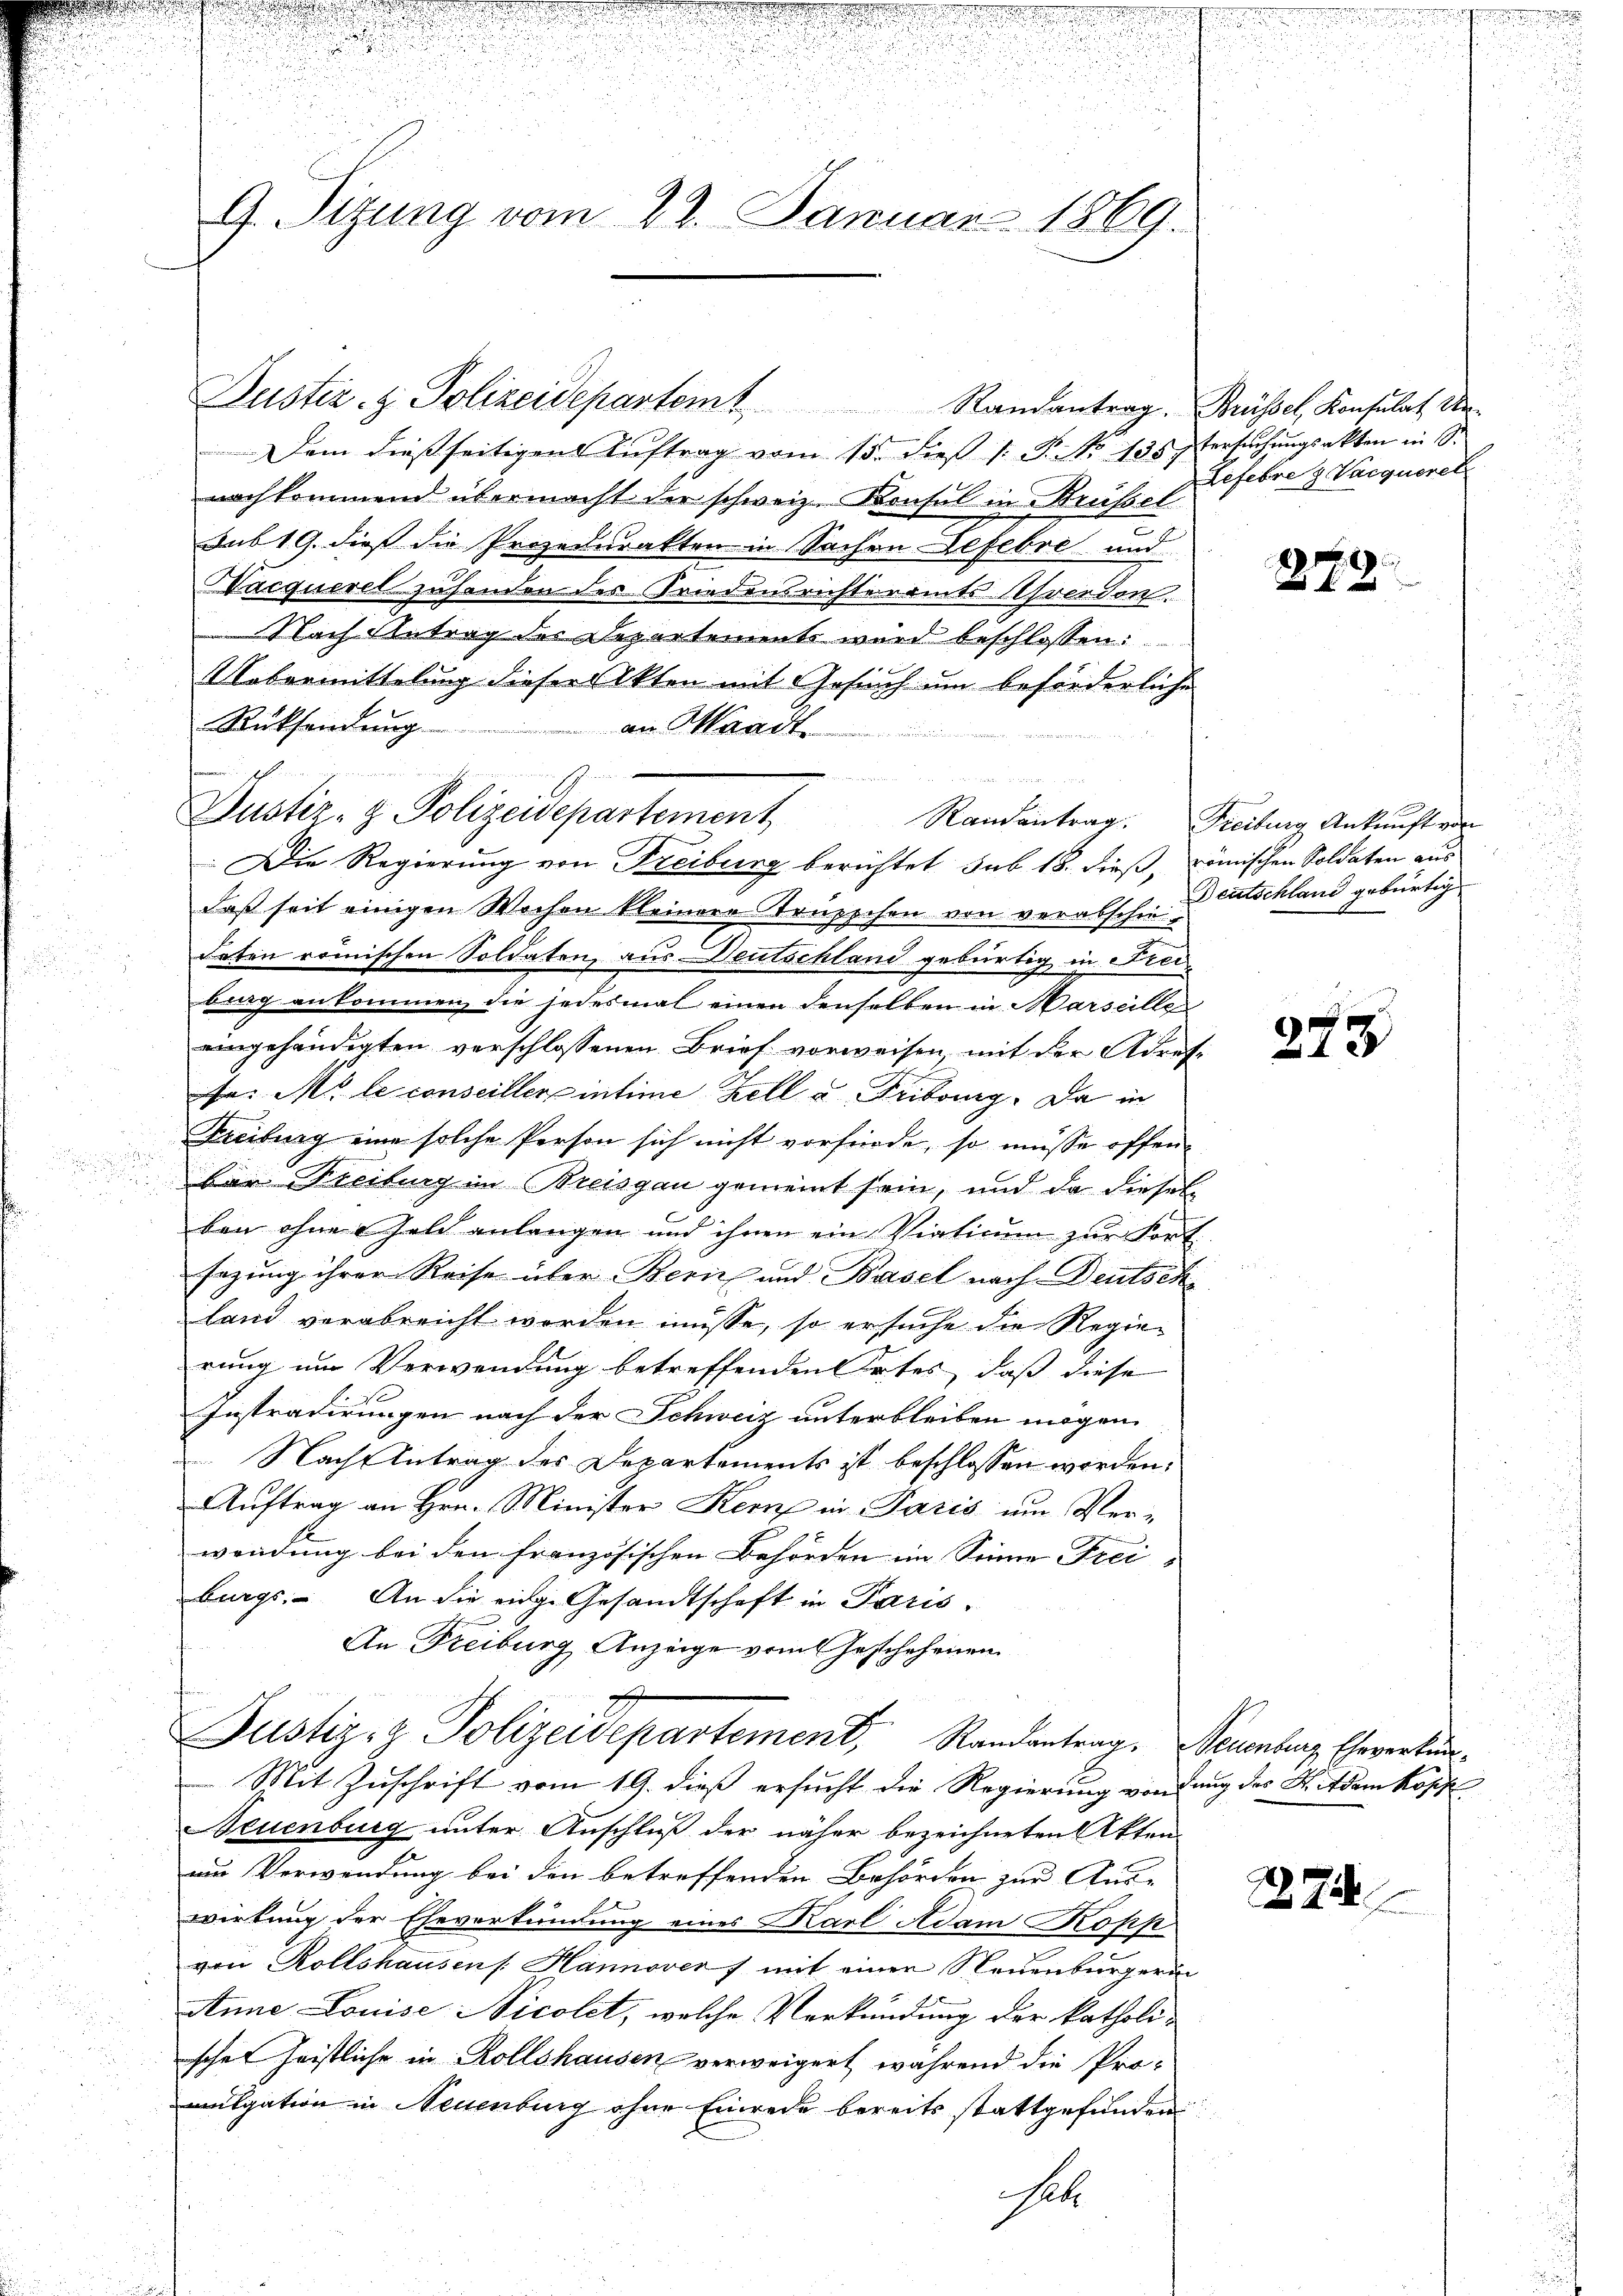
s

d
n

.
9. Sitzung vom 22. Januar 1869

Justiz- & Polizeidepartem Randantrag. Grüssel, Konsulat de

Justiz- & Polizeidepartement Randantrag. Freiburg Ankunft von

u
u

Dem dießseitigen Auftrag vom 13. dieß (: P. Nr. 135 stersuchungsakten in S
nachkommend übermacht der schweiz. Konsul in Brüssel
sub 19. dieß die Prozedurakten in Sachen Befehre und
Wacquerel zuhanden der Friedensrichteramts Ahrendon.
Nach Antrag des Departement wird beschlossen:
Uebermittelung dieser Akten mit Gesuch um beförderliche
Rücksendung
an Mand

M
Die Regierung von Freiburg berichtet sub 18. dieß, römischen Soldaten aus
daß seit einigen Wochen kleinere Trüppchen von verabschiedeten römischen Soldaten, aus Deutschland gebürtig in Freiburg ankommen, die jedesmal einen denselben in Marseillen
eingehändigten verschlossenen Brief vorweisen, mit der Adresfe. M. le conseiller intime Zell u. Fribourg. Da in
Freiburg eine solche Person sich nicht vorfürde, so müsse offen
ber Freiburg im Breisgau gemeint sein, und da diesel
ben ohne Geld anlangen und ihnen ein Viaticum zur Fort
sazung ihrer Reise über Bern und Basel nach Deutsch
land verabreicht worden müsse, so ersuche die Regierung um Verwendung betreffenden Ortes, daß diese
Instradirungen nach der Schweiz unterbleiben mögen.
 Nach Antrag des Departements ist beschlossen worden:
Auftrag an Hrn. Minister Kern in Paris um Verwendung bei den französischen Behörden im Sinne Frei-
burgs. An die eidg. Gesandtschaft in Paris
An Freiburg Anzeige vom Geschehenen
Justiz- & Polizeidepartement, Randantrag. Neuenburg Eheverken¬
Mit Zuschrift vom 19. dieß ersucht die Regierung vondung des Ritdem kopfe
Neuenburg unter Anschluß der näher bezeichneten Akten
un Verwendung bei den betreffenden Behörden zur Aus-
wirkung der Eheverkündung eines Karl Adam Kopp
von Rollshausen Hannover ) mit einen Neuenburgerin
Anne Louise Vicolet, welche Verkündung der katholischel heistliche in Rollshausen verweigert, während die Pro-
mulgation in Neuenburg ohne Einrede bereits stattgefunden
Set

Lefebre & Vacqueret

279.

Deutschland gebürtig

273

1874